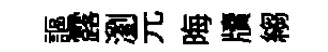
謳露瀏元晦牘縐